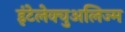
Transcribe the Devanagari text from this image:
इंटेलेक्चुअलिज्म